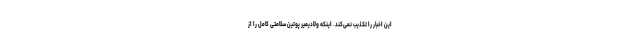
این اخبار را تکذیب نمی‌کند. اینکه ولادیمیر پوتین سلامتی کامل را از